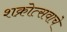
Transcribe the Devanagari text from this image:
शक्रोत्सवाचे